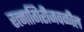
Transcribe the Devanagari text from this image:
रत्‍नागिरीजवळील